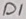
Text: D1